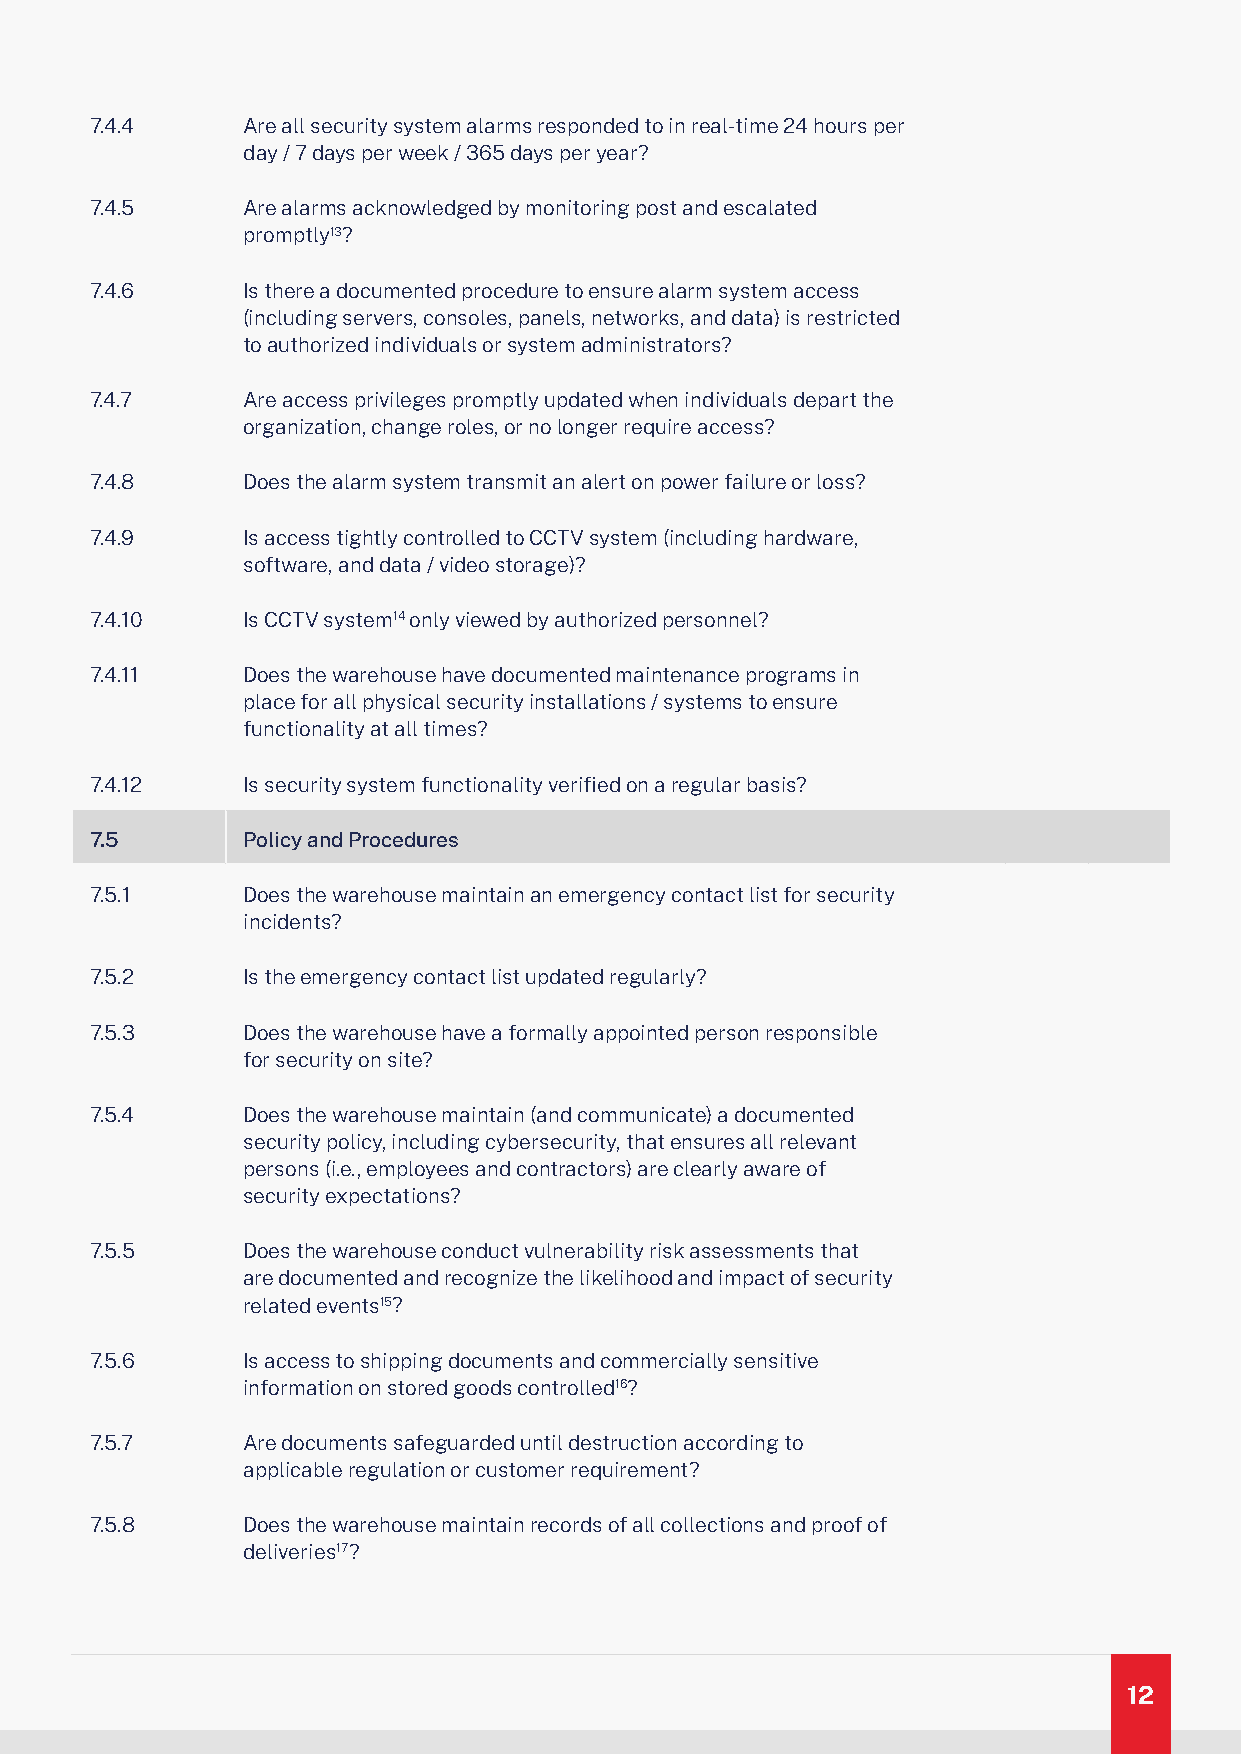
7.4.4     Are all security system alarms responded to in real-time 24 hours per
 day / 7 days per week / 365 days per year?
 7.4.5     Are alarms acknowledged by monitoring post and escalated
 promptly13?
 7.4.6     Is there a documented procedure to ensure alarm system access
 (including servers, consoles, panels, networks, and data) is restricted
 to authorized individuals or system administrators?
 7.4.7     Are access privileges promptly updated when individuals depart the
 organization, change roles, or no longer require access?
 7.4.8     Does the alarm system transmit an alert on power failure or loss?
 7.4.9     Is access tightly controlled to CCTV system (including hardware,
 software, and data / video storage)?
 7.4.10    Is CCTV system14 only viewed by authorized personnel?
 7.4.11    Does the warehouse have documented maintenance programs in
 place for all physical security installations / systems to ensure
 functionality at all times?
 7.4.12    Is security system functionality verified on a regular basis?
 7.5       Policy and Procedures
 7.5.1     Does the warehouse maintain an emergency contact list for security
 incidents?
 7.5.2     Is the emergency contact list updated regularly?
 7.5.3     Does the warehouse have a formally appointed person responsible
 for security on site?
 7.5.4     Does the warehouse maintain (and communicate) a documented
 security policy, including cybersecurity, that ensures all relevant
 persons (i.e., employees and contractors) are clearly aware of
 security expectations?
 7.5.5     Does the warehouse conduct vulnerability risk assessments that
 are documented and recognize the likelihood and impact of security
 related events15?
 7.5.6     Is access to shipping documents and commercially sensitive
 information on stored goods controlled16?
 7.5.7     Are documents safeguarded until destruction according to
 applicable regulation or customer requirement?
 7.5.8     Does the warehouse maintain records of all collections and proof of
 deliveries17?
 12